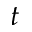
t